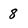
Character: 8